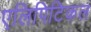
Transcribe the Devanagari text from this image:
एलिपिटिकल